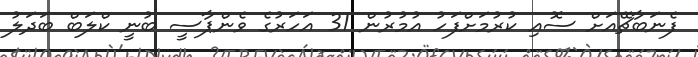
ފެނަބާޗޭއަށް ސޮއި ކުރުމަށްފަހު އުމުރުން 31 އަހަރުގެ ވެންޕާސީ ބުނީ ކްލަބް ބަދަލު